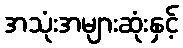
အသုံးအများဆုံးနှင့်